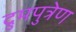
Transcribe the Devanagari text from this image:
द्रुमपुत्रेण